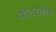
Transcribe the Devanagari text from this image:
शीतरक्तीय